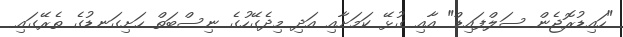
"ހައިޑުރޮޖެން ސަލްފައިޑް" އާއި ގުޅޭ ކަމަށާއި އަދި މިދެގޭހުގެ ނިސްބަތް ހަށިގަނޑުގެ ތެރޭގައި